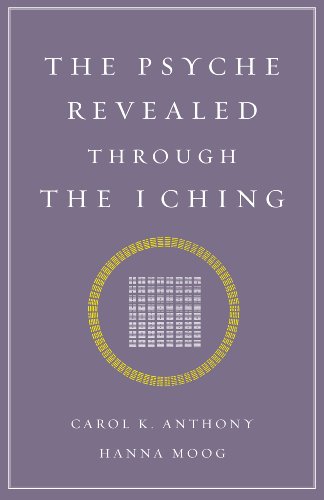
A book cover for The Psyche Revealed Through The I Ching; Carol K. Anthony; Religion & Spirituality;